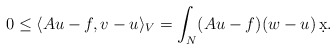
\begin{align*}0\le \langle Au-f,v-u\rangle_V =\int_N (Au-f)(w-u)\,\d x.\end{align*}